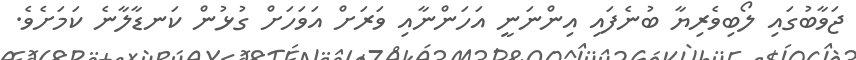
ޖަވާބުގައި ލޯބިވެރިޔާ ބުނެފައި އިންނަނީ އަހަންނާއި ވަރަށް އަވަހަށް ގުޅުން ކަނޑާލާނެ ކަމަށެވެ.